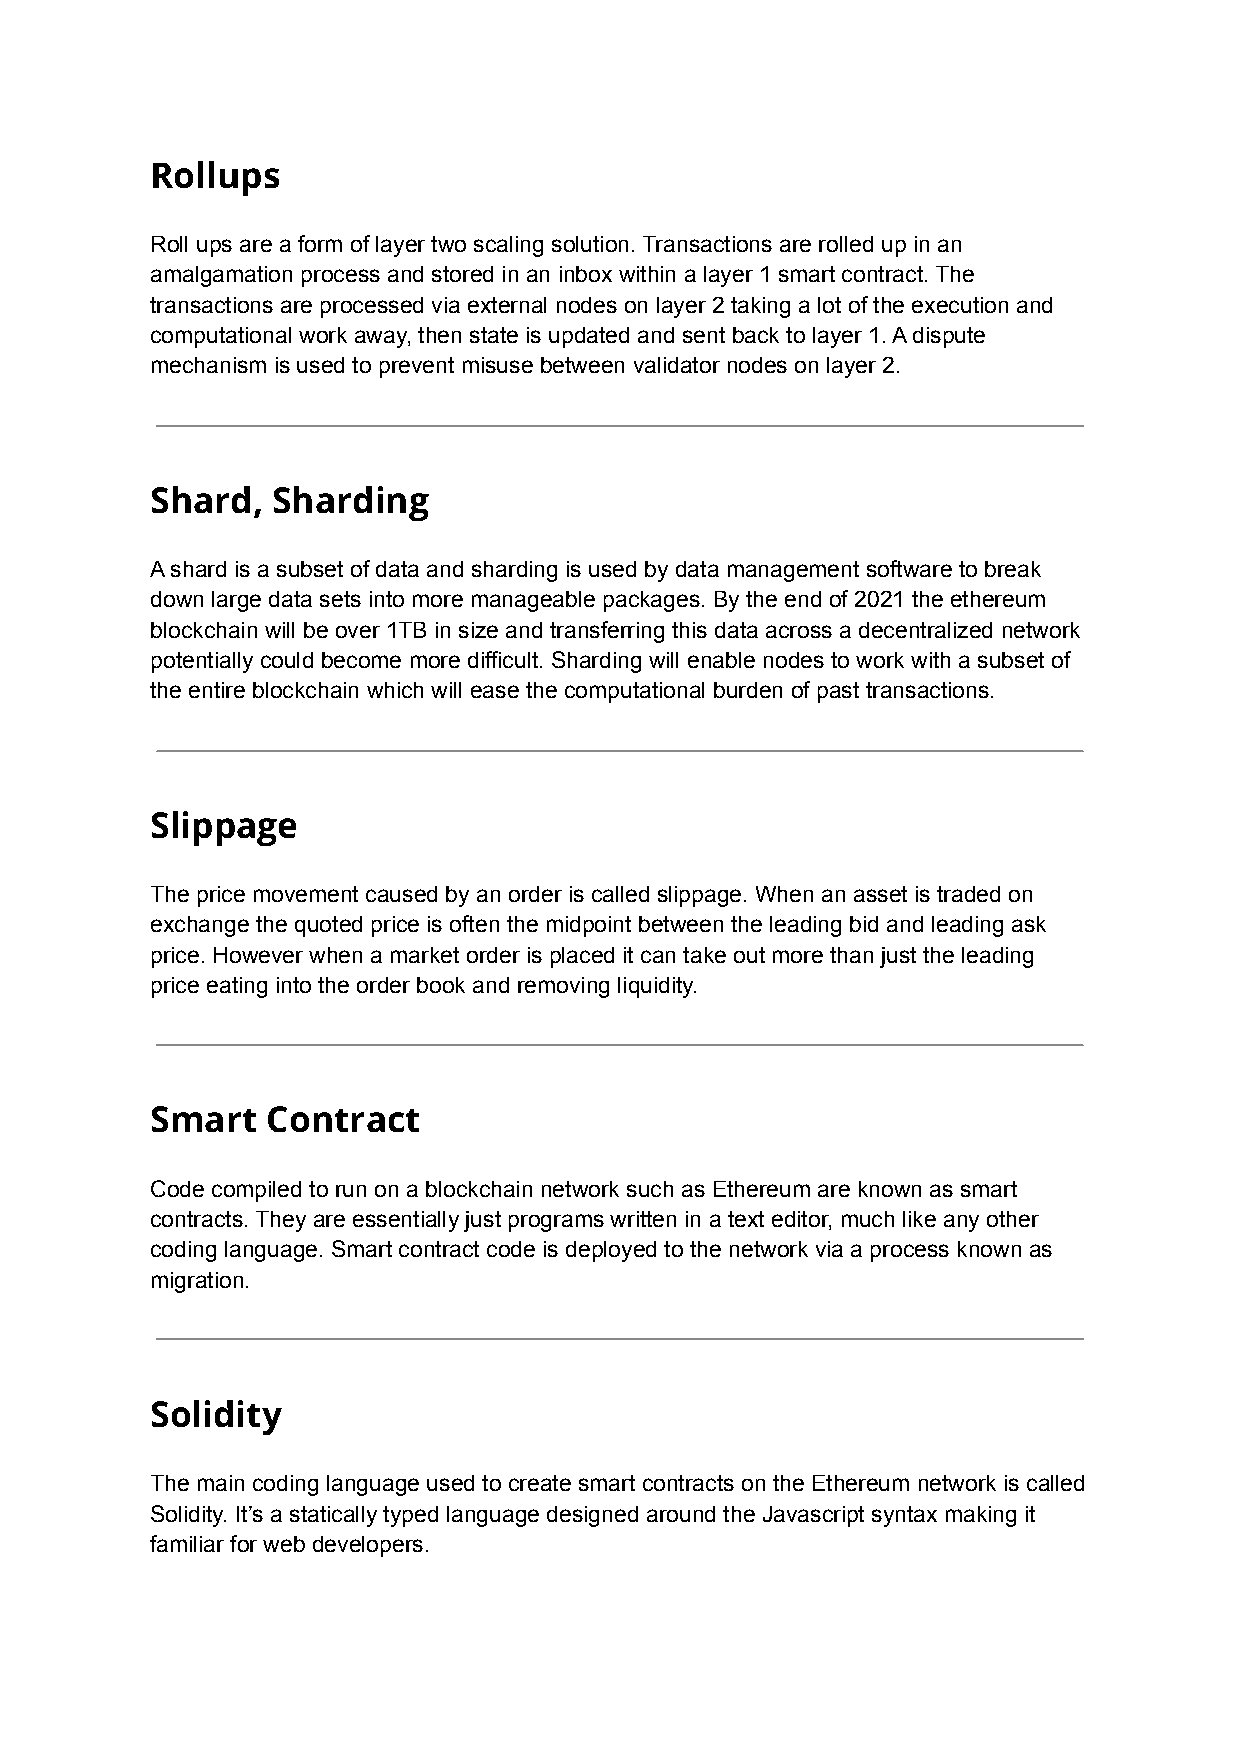
Rollups
 Roll ups are a form of layer two scaling solution. Transactions are rolled up in an
 amalgamation process and stored in an inbox within a layer 1 smart contract. The
 transactions are processed via external nodes on layer 2 taking a lot of the execution and
 computational work away, then state is updated and sent back to layer 1. A dispute
 mechanism is used to prevent misuse between validator nodes on layer 2.
 Shard,  Sharding
 A shard is a subset of data and sharding is used by data management software to break
 down large data sets into more manageable packages. By the end of 2021 the ethereum
 blockchain will be over 1TB in size and transferring this data across a decentralized network
 potentially could become more difficult. Sharding will enable nodes to work with a subset of
 the entire blockchain which will ease the computational burden of past transactions.
 Slippage
 The price movement caused by an order is called slippage. When an asset is traded on
 exchange the quoted price is often the midpoint between the leading bid and leading ask
 price. However when a market order is placed it can take out more than just the leading
 price eating into the order book and removing liquidity.
 Smart   Contract
 Code compiled to run on a blockchain network such as Ethereum are known as smart
 contracts. They are essentially just programs written in a text editor, much like any other
 coding language. Smart contract code is deployed to the network via a process known as
 migration.
 Solidity
 The main coding language used to create smart contracts on the Ethereum network is called
 Solidity. It’s a statically typed language designed around the Javascript syntax making it
 familiar for web developers.